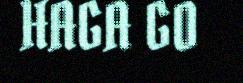
HAGA GO